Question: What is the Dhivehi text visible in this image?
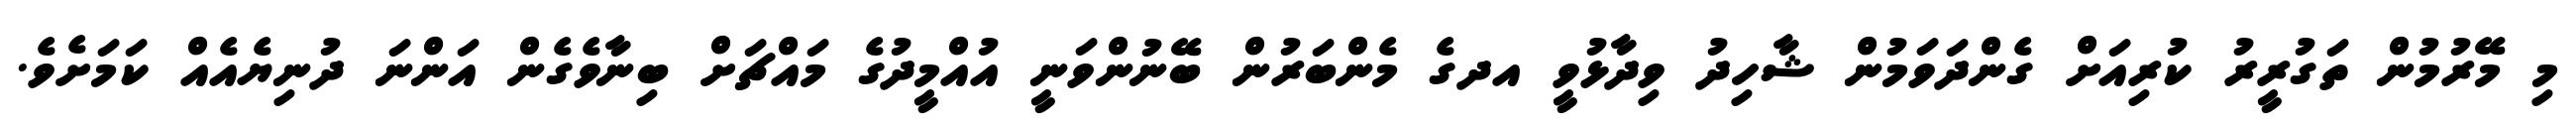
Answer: މި މޭރުމުން ތަގުރީރު ކުރިއަށް ގެންދަވަމުން ޝާހިދު ވިދާޅުވީ އދގެ މެންބަރުން ބޭނުންވަނީ އުއްމީދުގެ މައްޗަށް ބިނާވެގެން އަންނަ ދުނިޔެއެއް ކަމަށެވެ.